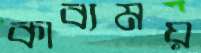
কাব্যময়